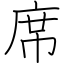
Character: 席